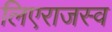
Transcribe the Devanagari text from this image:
लिएराजस्व